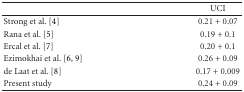
<table><thead><tr><td></td><td><b> UCI</b></td></tr></thead><tbody><tr><td>Strong et al. [4]</td><td>0.21 + 0.07</td></tr><tr><td>Rana et al. [5]</td><td>0.19 + 0.1</td></tr><tr><td>Ercal et al. [7]</td><td>0.20 + 0.1</td></tr><tr><td>Ezimokhai et al. [6, 9]</td><td>0.26 + 0.09</td></tr><tr><td>de Laat et al. [8]</td><td>0.17 + 0.009</td></tr><tr><td>Present study</td><td>0.24 + 0.09</td></tr></tbody></table>